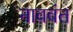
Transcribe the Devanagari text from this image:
नाववंत